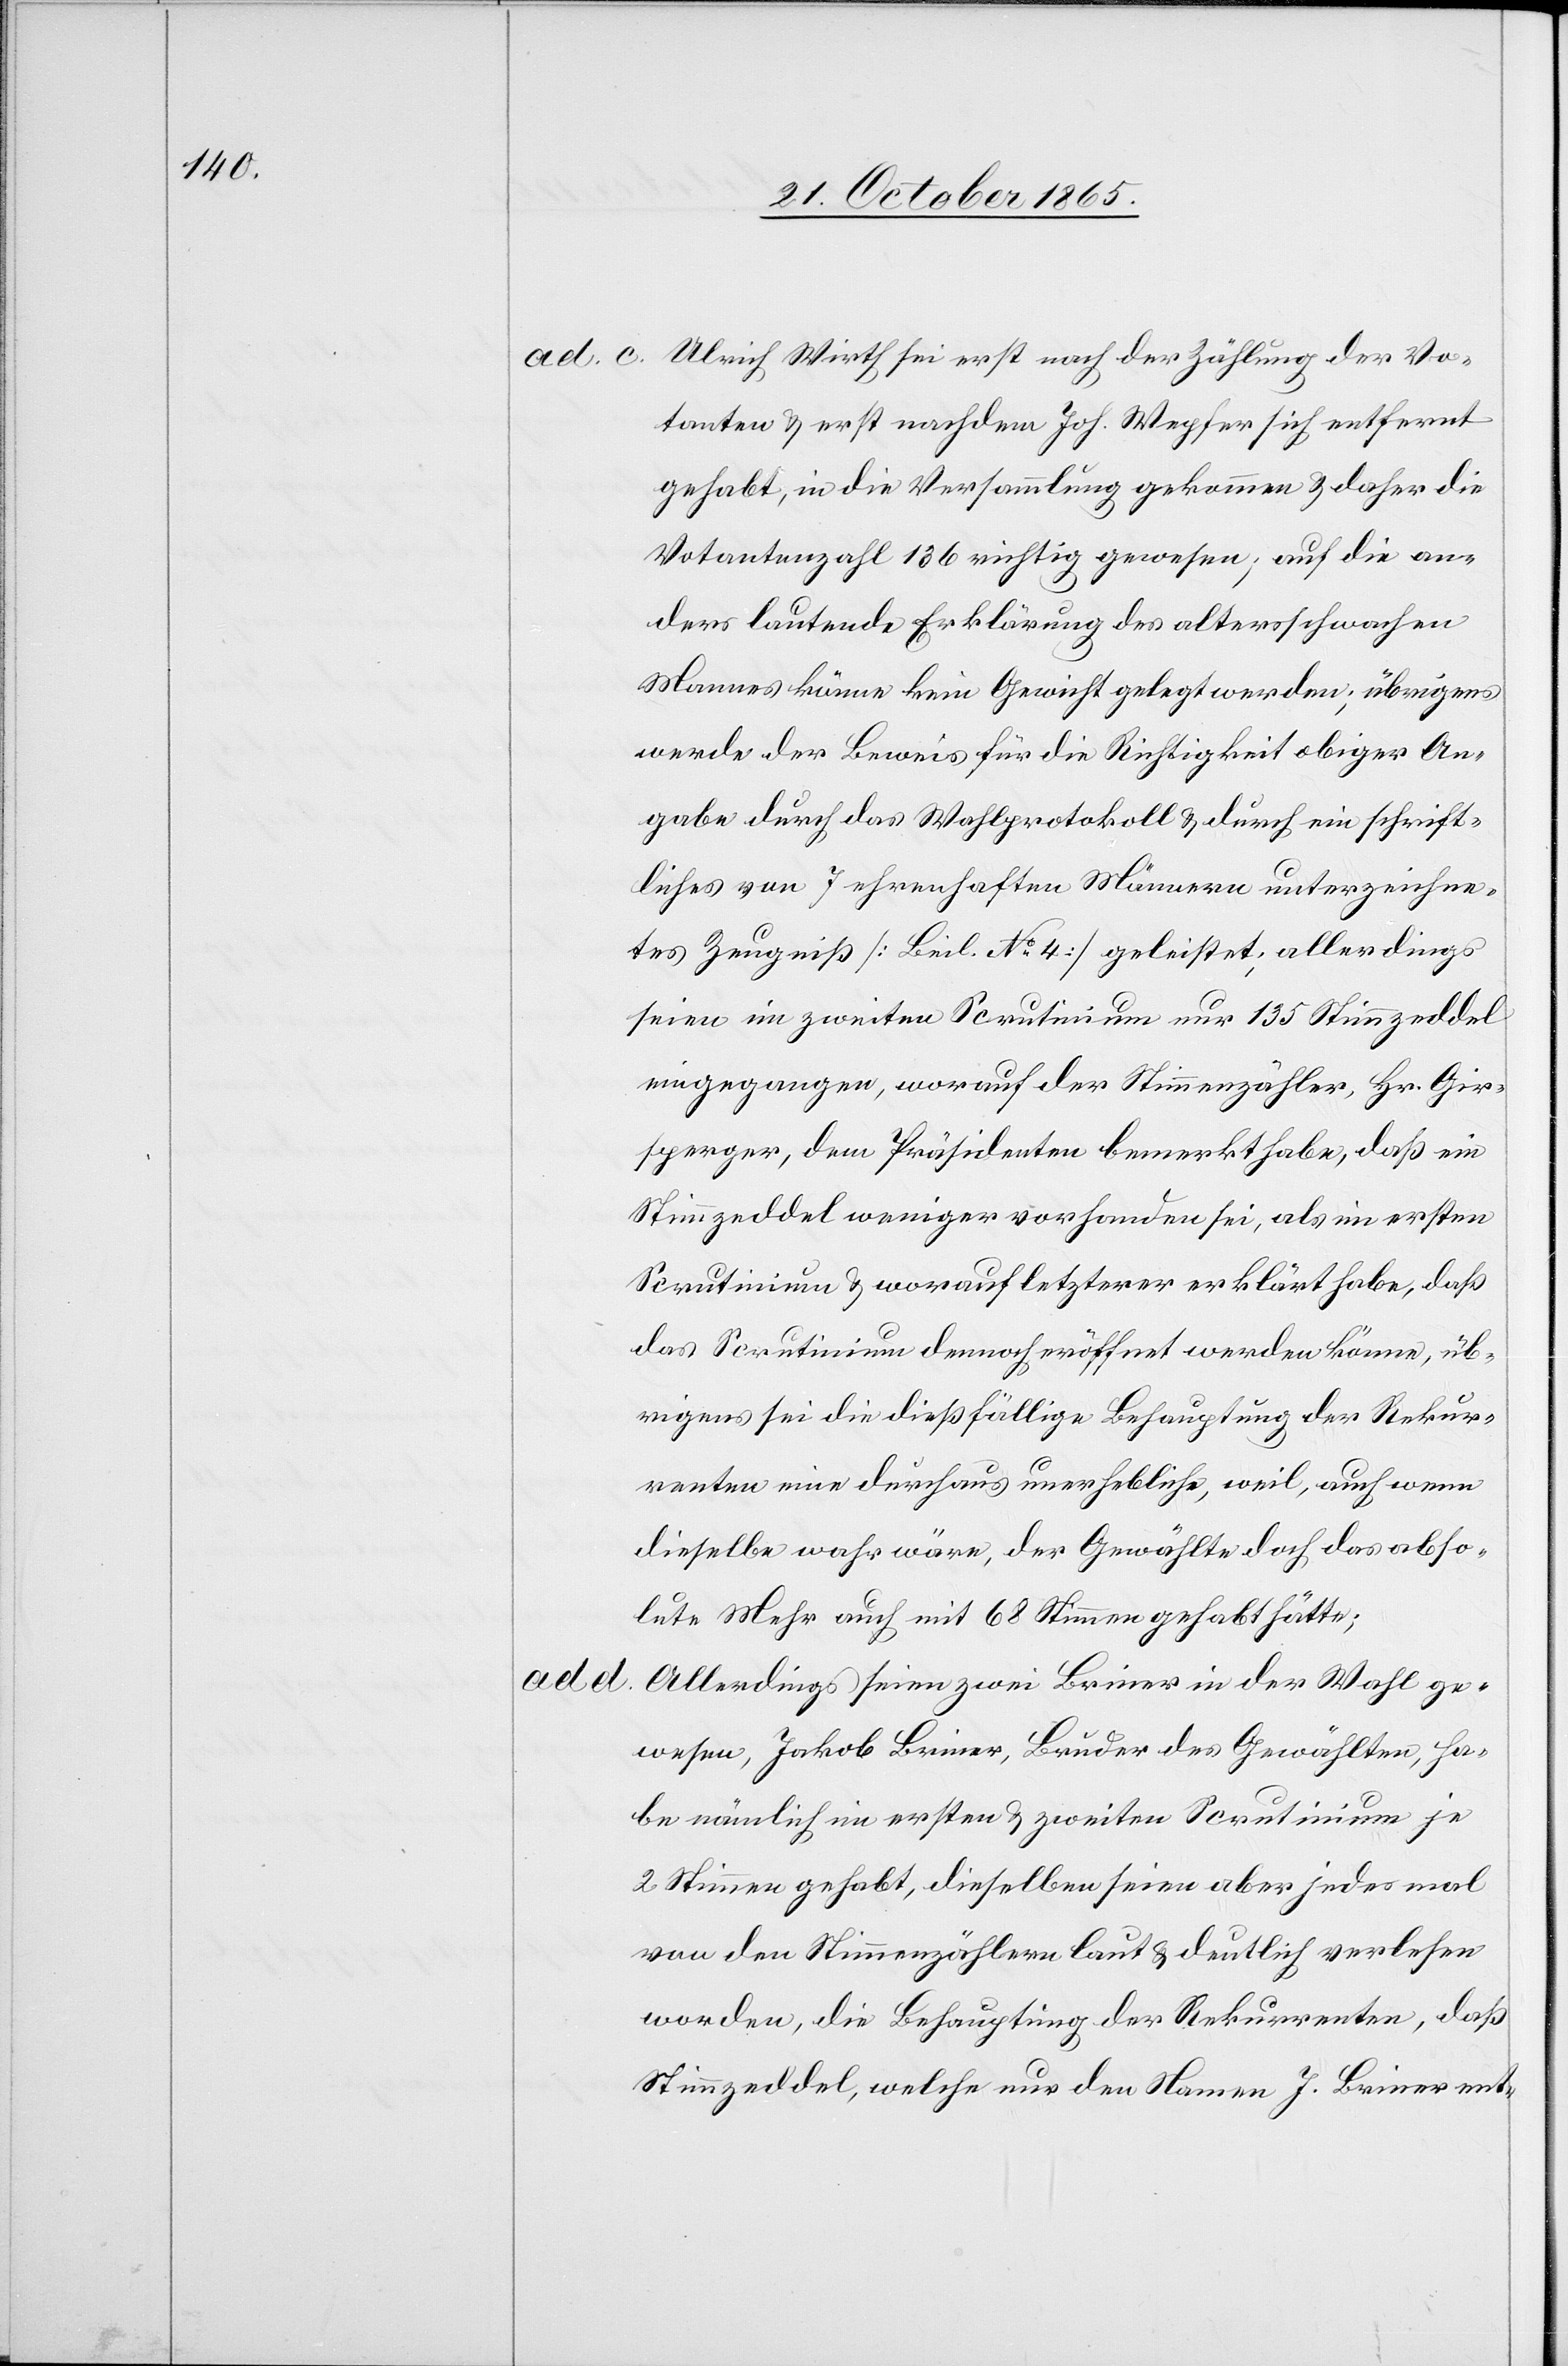
ad d.

Ulrich Wirth sei erst nach der Zählung der Vo¬
tanten & erst nachdem Joh. Wepfer sich entfernt
gehabt, in die Versammlung gekommen & daher die
Votantenzahl 136 richtig gewesen; auf die an¬
ders lautende Erklärung des altersschwachen
Mannes könne kein Gewicht gelegt werden; übrigens
werde der Beweis für die Richtigkeit obiger An¬
gabe durch das Wahlprotokoll & durch ein schrift¬
liches von 7 ehrenhaften Männern unterzeichne¬
tes Zeugniß [Beil. No 4] geleistet; allerdings
seien im zweiten Scrutinium nur 135 Stimmzeddel
eingegangen, worauf der Stimmenzähler, Hr. Gir¬
sperger, dem Präsidenten bemerkt habe, daß ein
Stimmzeddel weniger vorhanden sei, als im ersten
Scrutinium & worauf letzterer erklärt habe, daß
das Scrutinium dennoch eröffnet werden könne, üb¬
rigens sei die dießfällige Behauptung der Rekur¬
renten eine durchaus unerhebliche, weil, auch wenn
dieselbe wahr wäre, der Gewählte doch das abso¬
lute Mehr auch mit 68 Stimmen gehabt hätte;
Allerdings seien zwei Briner in der Wahl ge¬
wesen, Jakob Briner, Bruder des gewählten, ha¬
be nämlich im ersten & zweiten Scrutinium je
2 Stimmen gehabt, dieselben seien aber jedes mal
von den Stimmenzählern laut & deutlich verlesen
worden, die Behauptung der Rekurrenten, daß
Stimmzeddel, welche nur den Namen J. Briner ent-